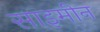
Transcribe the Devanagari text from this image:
साइमीन